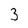
Character: 3